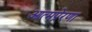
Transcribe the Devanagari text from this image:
आत्मप्रेरणा